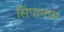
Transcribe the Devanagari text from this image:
सिंपानाम